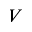
V